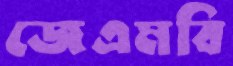
জেএমবি